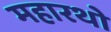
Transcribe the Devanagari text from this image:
महारथो